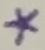
Text: *